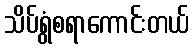
သိပ်ရွံစရာကောင်းတယ်